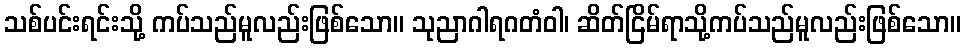
သစ်ပင်းရင်းသို့ ကပ်သည်မူလည်းဖြစ်သော။ သုညာဂါရဂတံဝါ၊ ဆိတ်ငြိမ်ရာသို့ကပ်သည်မူလည်းဖြစ်သော။